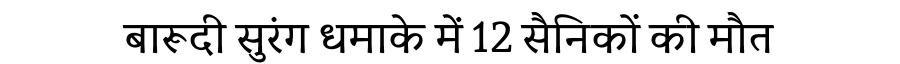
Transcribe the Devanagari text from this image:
बारूदी सुरंग धमाके में 12 सैनिकों की मौत